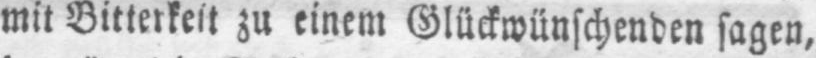
mit Bitterkeit zu einem Glückwünschenden sagen,